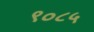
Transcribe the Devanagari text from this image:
९०८५